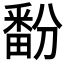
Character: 𬏔